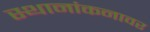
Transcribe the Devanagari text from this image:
स्थानांकनावर